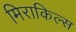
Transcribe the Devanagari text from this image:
मिराकिल्स